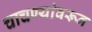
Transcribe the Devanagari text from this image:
चाचण्यांवरून